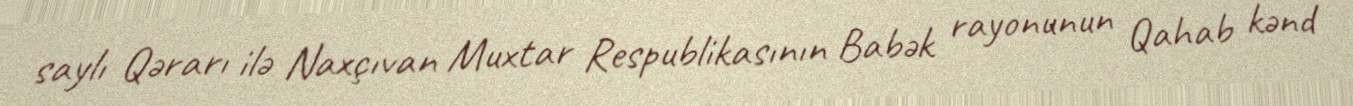
saylı Qərarı ilə Naxçıvan Muxtar Respublikasının Babək rayonunun Qahab kənd